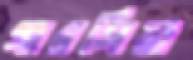
গারসিয়া